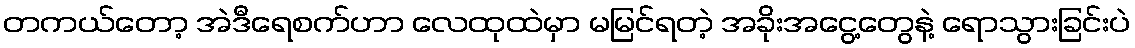
တကယ်တော့ အဲဒီရေစက်ဟာ လေထုထဲမှာ မမြင်ရတဲ့ အခိုးအငွေ့တွေနဲ့ ရောသွားခြင်းပဲ